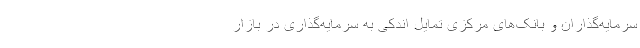
سرمایه‌گذاران و بانک‌های مرکزی تمایل اندکی به سرمایه‌گذاری در بازار